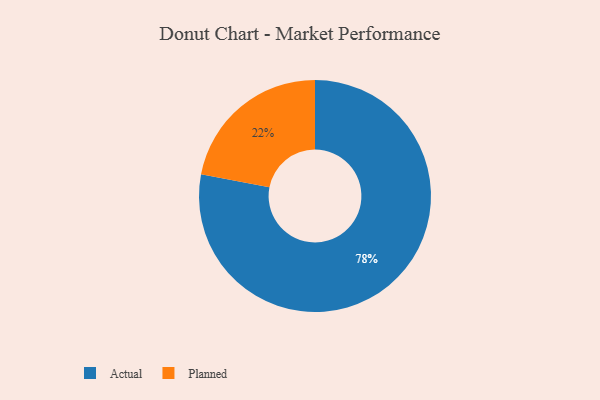
{"axis": {"x": "Category", "y": "Percentage"}, "legend": ["Actual", "Planned"], "data": [{"x": "Planned", "y": 22, "type": "Planned"}, {"x": "Actual", "y": 78, "type": "Actual"}]}